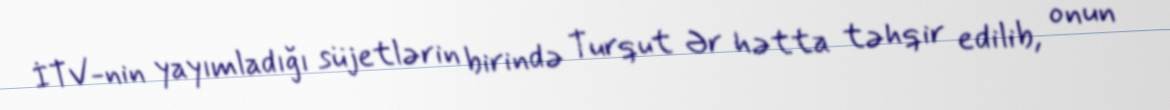
İTV-nin yayımladığı süjetlərin birində Turqut Ər hətta təhqir edilib, onun